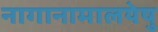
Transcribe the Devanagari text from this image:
नागानामालयेषु